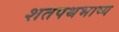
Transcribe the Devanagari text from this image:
शतपथभाष्य